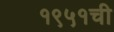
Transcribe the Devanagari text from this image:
१९५१ची